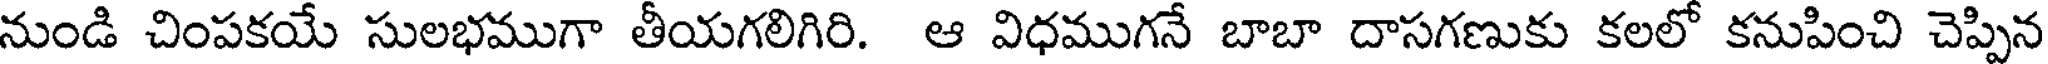
నుండి చింపకయే సులభముగా తీయగలిగిరి. ఆ విధముగనే బాబా దాసగణుకు కలలో కనుపించి చెప్పిన